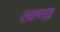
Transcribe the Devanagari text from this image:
खणा